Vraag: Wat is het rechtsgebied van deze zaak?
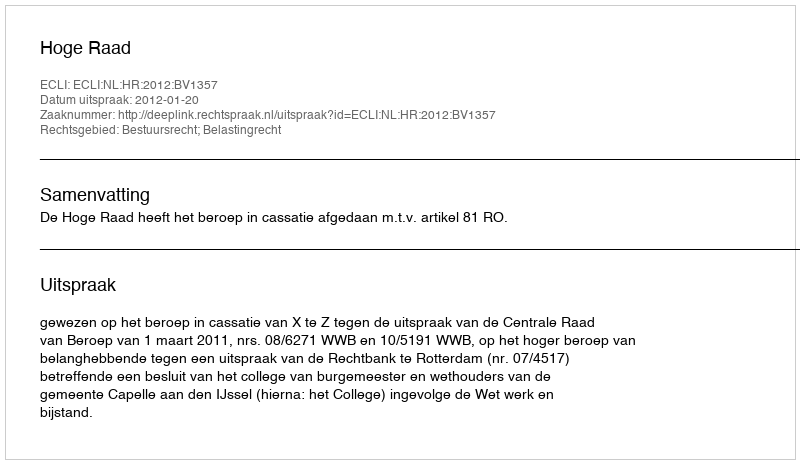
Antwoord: Bestuursrecht; Belastingrecht